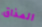
المذاق